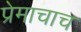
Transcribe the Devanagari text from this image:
प्रेमाचाच